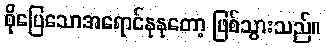
စိုပြေသောအရောင်နုနုတော့ ဖြစ်သွားသည်။